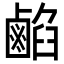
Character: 𪉦